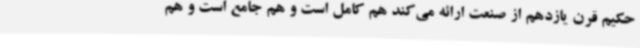
حکیم قرن یازدهم از صنعت ارائه می‌کند هم کامل است و هم جامع است و هم